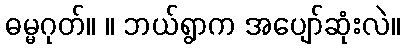
ဓမ္မဂုတ်။ ။ ဘယ်ရွာက အပျော်ဆုံးလဲ။